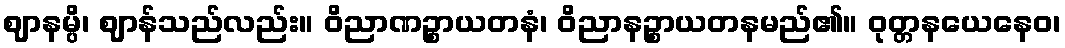
ဈာနမ္ပိ၊ ဈာန်သည်လည်း။ ဝိညာဏဉ္စာယတနံ၊ ဝိညာနဉ္စာယတနမည်၏။ ဝုတ္တနယေနေဝ၊